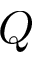
Q